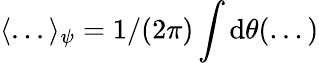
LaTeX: \langle...\rangle_{\psi}=1/(2\pi)\int\mathrm{d}\theta(...)